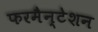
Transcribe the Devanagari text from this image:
फरमैन्टेशन